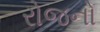
રોજનો